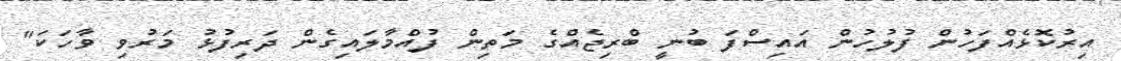
އިރުކޮޅެއްފަހުން ފުލުހުން އައިސްފަ ބުނީ ބްރިޖެއްގެ މަތިން ފުއްމާލައިގެން ދަރިފުޅު މަރުވި ވާހަކަ"